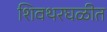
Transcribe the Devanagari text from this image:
शिवथरघळीत